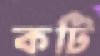
কটি